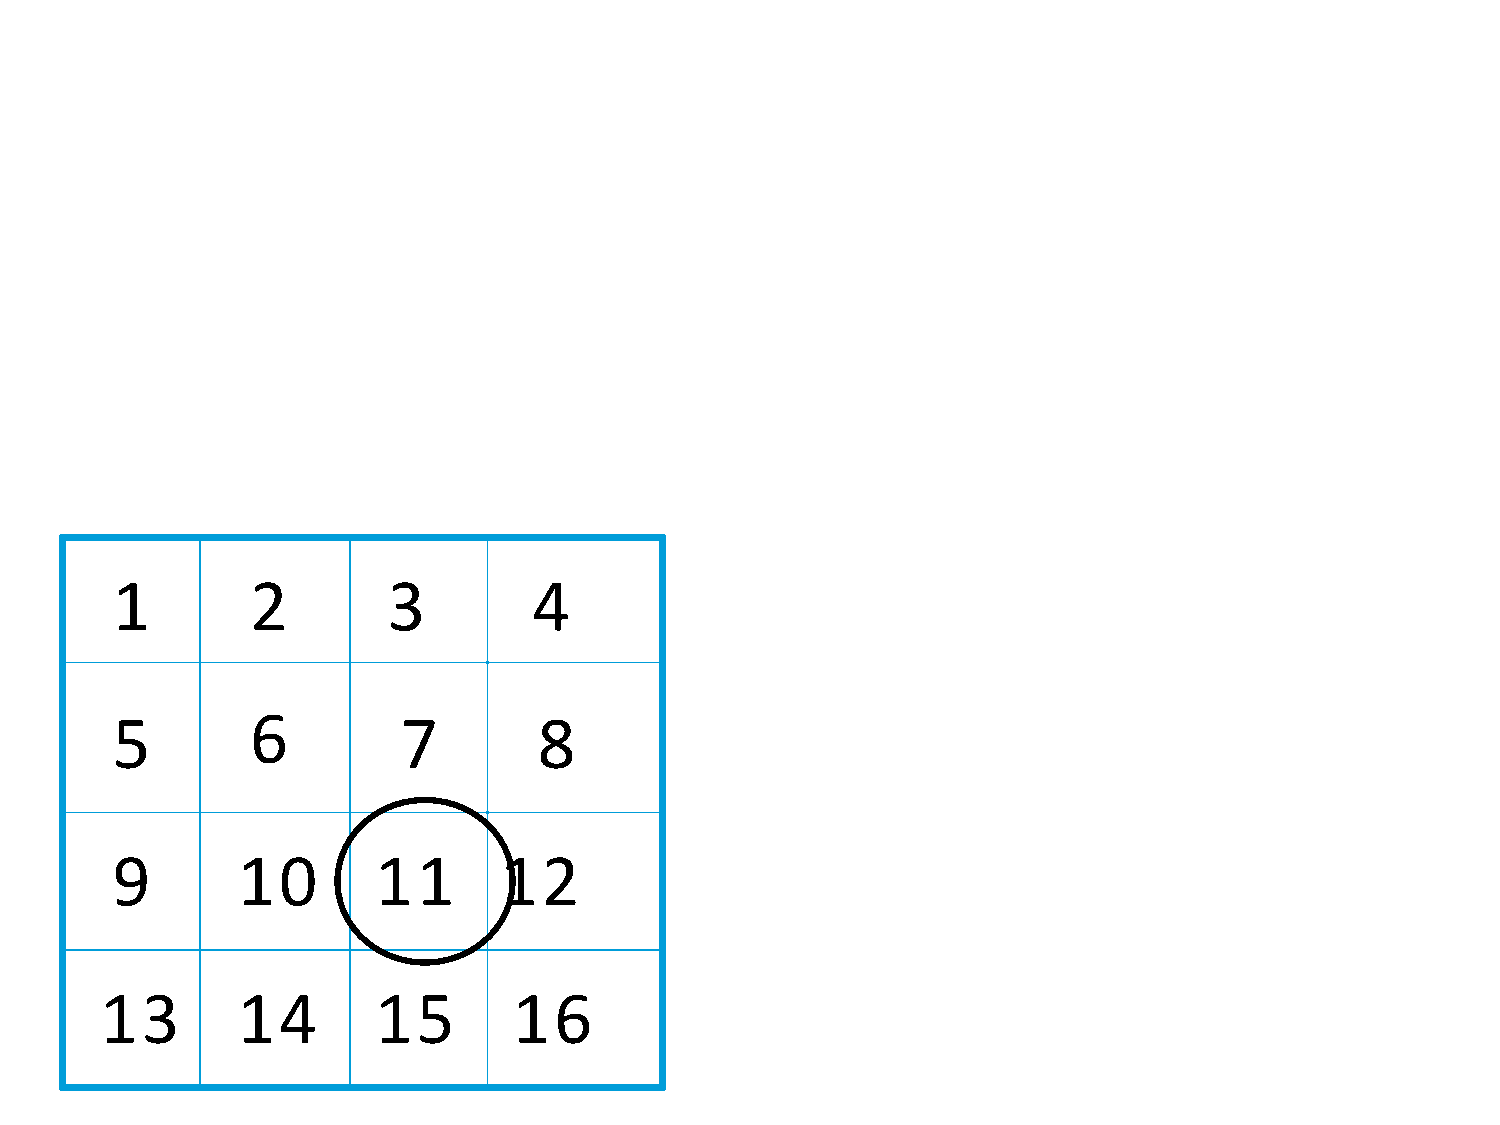
1         2        3        4
 5         6        7         8
 9        10       11      12
 13       14       15       16